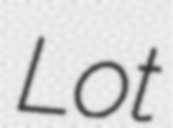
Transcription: Lot